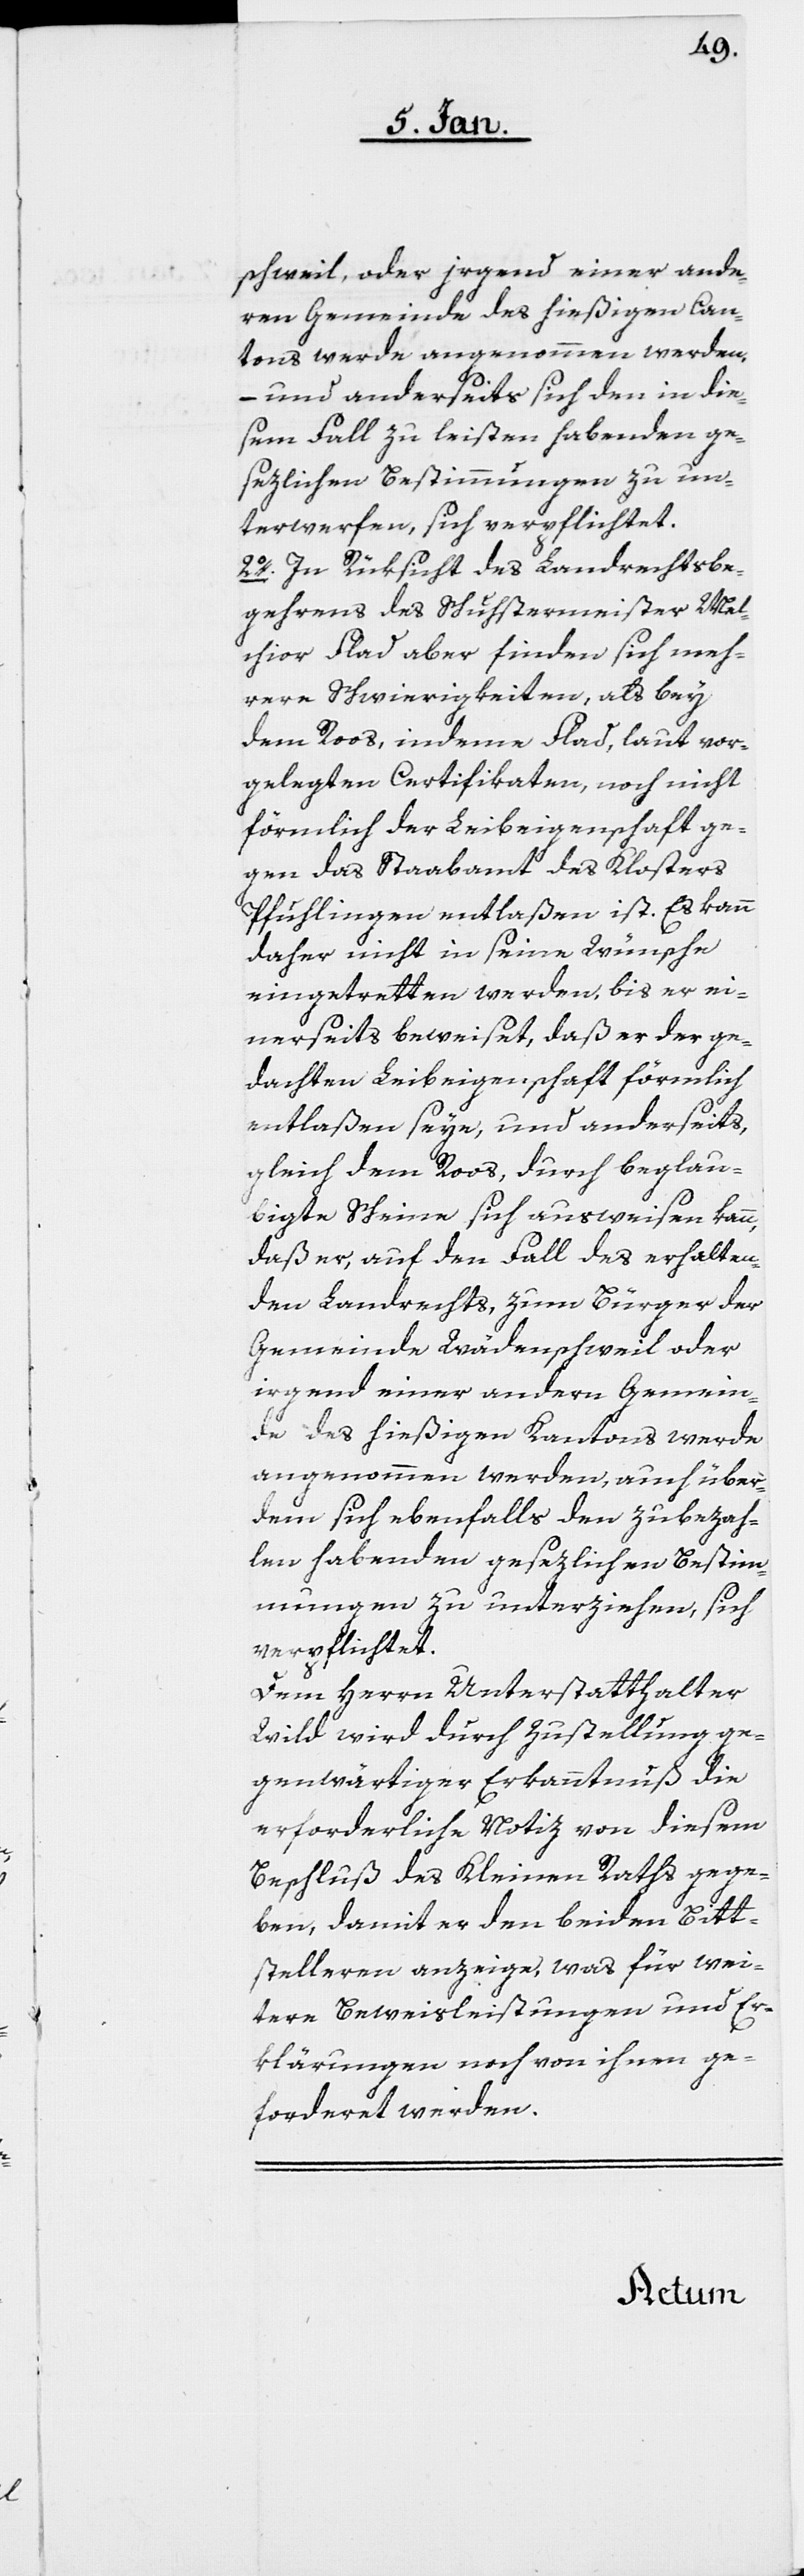
schweil, oder irgend einer ande¬
ren Gemeinde des hießigen Can¬
tons werde angenommen werden,
– und anderseits sich den in die¬
sem Fall zu leisten habenden ge¬
sezlichen Bestimmungen zu un¬
terwerfen, sich verpflichtet.
2o. In Rüksicht des Landrechtsbe¬
gehrens des Schustermeister Mel¬
chior Flad aber finden sich meh¬
rere Schwierigkeiten, als bey
dem Roos, indeme Flad, laut vor¬
gelegten Certificaten, noch nicht
förmlich der Leibeigenschaft ge¬
gen das Staabamt des Klosters
Pfuhlingen entlaßen ist. Es kann
daher nicht in seine Wünsche
eingetretten werden, bis er ei¬
nerseits beweiset, daß er der ge¬
dachten Leibeigenschaft förmlich
entlaßen seye, und anderseits,
gleich dem Roos, durch beglau¬
bigte Scheine sich ausweisen kann,
daß er, auf den Fall des erhalten¬
en Landrechts, zum Bürger der
Gemeinde Wädenschweil oder
irgend einer andern Gemein¬
de des hießigen Kantons werde
angenommen werden, auch über
dem sich ebenfalls den zubezah¬
len habenden gesezlichen Bestim¬
mungen zu unterziehen, sich
verpflichtet.
Dem Herrn Unterstatthalter
Wild wird durch Zustellung ge¬
genwärtiger Erkanntnuß die
erforderliche Notiz von diesem
Beschluß des Kleinen Raths gege¬
ben, damit er den beiden Bitt¬
stelleren anzeige, was für wei¬
tere Beweisleistungen und Er¬
klärungen noch von ihnen ge¬
forderet werden.